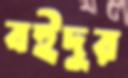
বইদুর